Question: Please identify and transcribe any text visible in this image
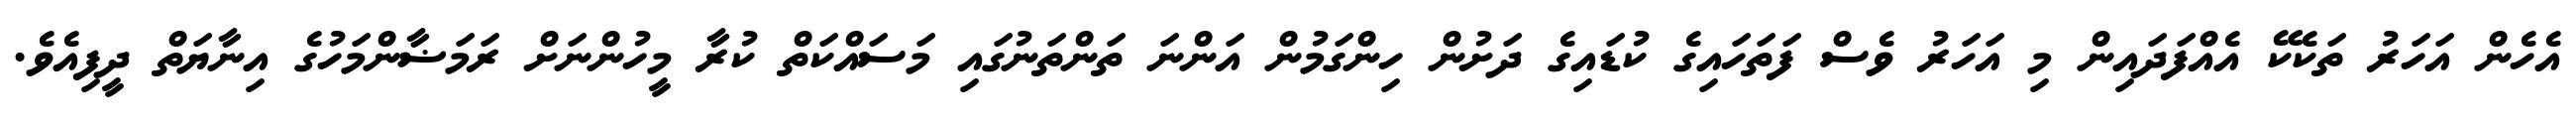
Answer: އެހެން އަހަރު ތަކެކޭ އެއްފަދައިން މި އަހަރު ވެސް ފަތަހައިގެ ކުޑައިގެ ދަށުން ހިންގަމުން އަންނަ ތަންތަނުގައި މަސައްކަތް ކުރާ މީހުންނަށް ރަމަޟާންމަހުގެ އިނާޔަތް ދީފިއެވެ.